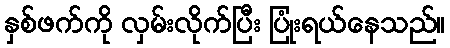
နှစ်ဖက်ကို လှမ်းလိုက်ပြီး ပြုံးရယ်နေသည်။